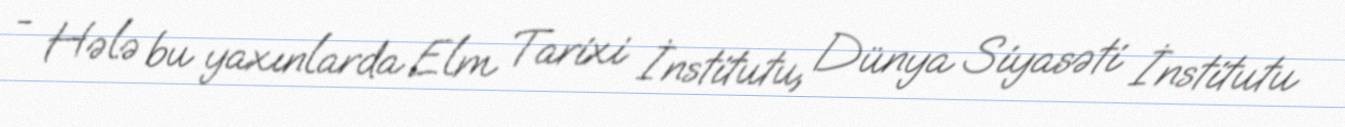
- Hələ bu yaxınlarda Elm Tarixi İnstitutu, Dünya Siyasəti İnstitutu